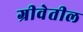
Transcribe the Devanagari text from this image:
ग्रीवेतील